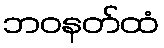
ဘဝနတ်ထံ